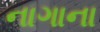
નાગાના